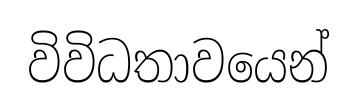
විවිධතාවයෙන්